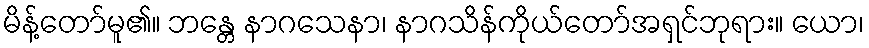
မိန့်တော်မူ၏။ ဘန္တေ နာဂသေနာ၊ နာဂသိန်ကိုယ်တော်အရှင်ဘုရား။ ယော၊